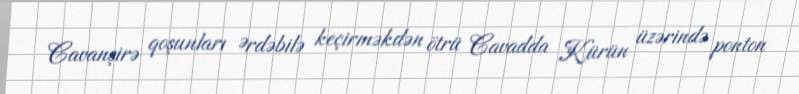
Cavanşirə qoşunları Ərdəbilə keçirməkdən ötrü Cavadda Kürün üzərində ponton